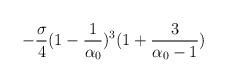
LaTeX: \begin{align*}-\frac{\sigma}{4}(1-\frac{1}{\alpha_0})^3(1+\frac{3}{\alpha_0-1})\end{align*}